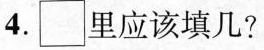
4.{\Box } 里应该填几?